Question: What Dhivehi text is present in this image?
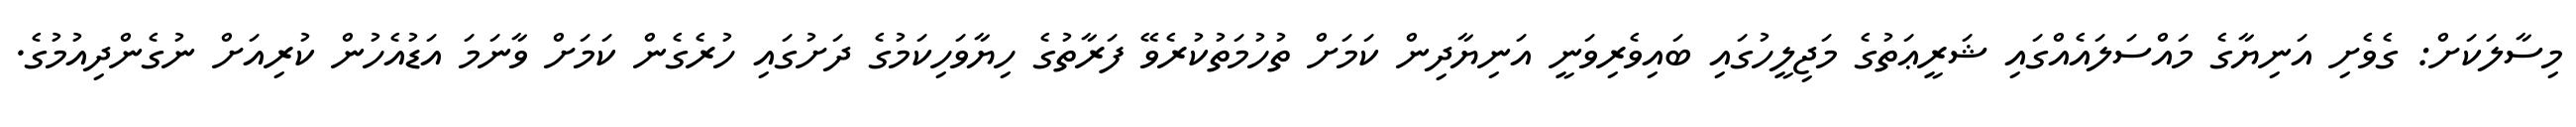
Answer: މިސާލަކަށް: ގެވެށި އަނިޔާގެ މައްސަލައެއްގައި ޝަރީޢަތުގެ މަޖިލީހުގައި ބައިވެރިވަނީ އަނިޔާދިން ކަމަށް ތުހުމަތުކުރެވޭ ފަރާތުގެ ހިޔާވަހިކަމުގެ ދަށުގައި ހުރެގެން ކަމަށް ވާނަމަ އަޑުއެހުން ކުރިއަށް ނުގެންދިއުމުގެ.